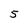
Character: 5